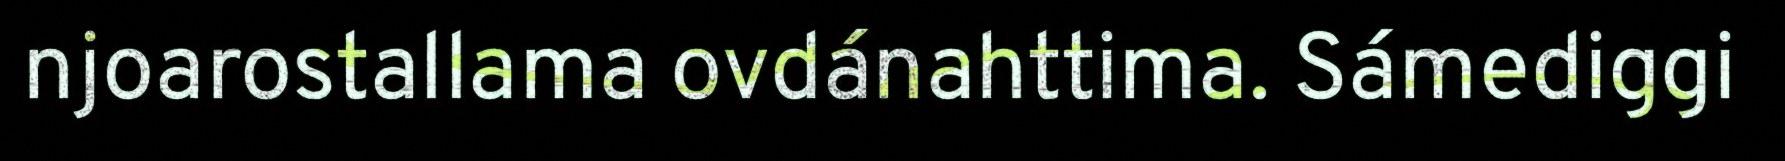
njoarostallama ovdánahttima. Sámediggi